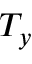
T _ { y }